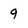
Character: 9